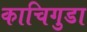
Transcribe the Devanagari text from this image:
काचिगुडा